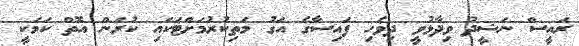
ރައީސް ނަޝީދު ވިދާޅުވީ ދިވެހި ފައިސާގެ އަގު މަތިކުރުމަށްޓަކައި ކުރަން އޮތް ކަމަކީ